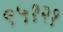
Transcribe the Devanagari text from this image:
९५१२१